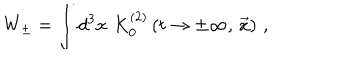
LaTeX: W _ { \pm } = \int d ^ { 3 } x \, \, K _ { 0 } ^ { ( 2 ) } \left( t \to \pm \infty , \, { \vec { x } } \right) \, ,